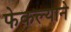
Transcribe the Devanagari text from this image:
फेकल्याने